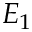
E _ { 1 }